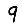
Digit: 9